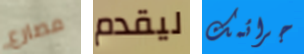
مصارع ليقدم جرائمك